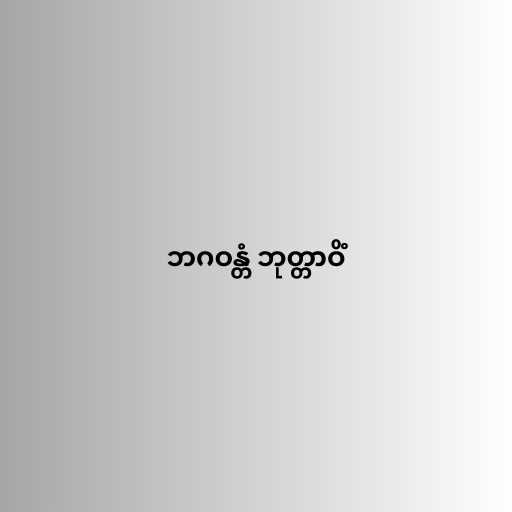
ဘဂဝန္တံ ဘုတ္တာဝိံ